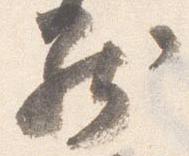
罷